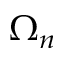
\Omega _ { n }